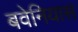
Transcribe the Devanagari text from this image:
बवेनियास